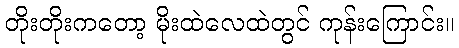
တိုးတိုးကတော့ မိုးထဲလေထဲတွင် ကုန်းကြောင်း။